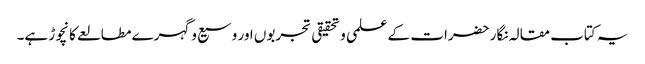
یہ کتاب مقالہ نگار حضرات کے علمی وتحقیقی تجربوں اور وسیع وگہرے مطالعے کا نچوڑ ہے۔